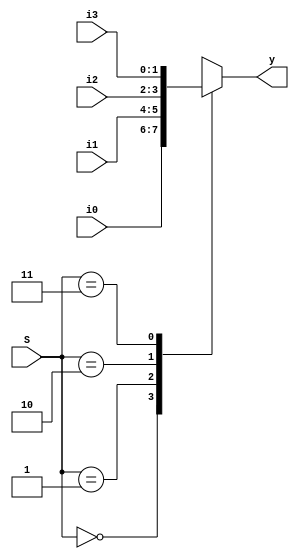
module  mux4_1(S,i0,i1,i2,i3,y);
  input [1:0] S;
  input [1:0]i0,i1,i2,i3;
  output reg [1:0]y;
  always @(*)
    begin 
      case(S)
        2'b00: y=i0;
        2'b01: y=i1;
        2'b10: y=i2;
        2'b11: y=i3;
      endcase
    end
endmodule